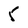
Character: 5